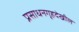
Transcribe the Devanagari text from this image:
प्रसाधनगृहदेखील